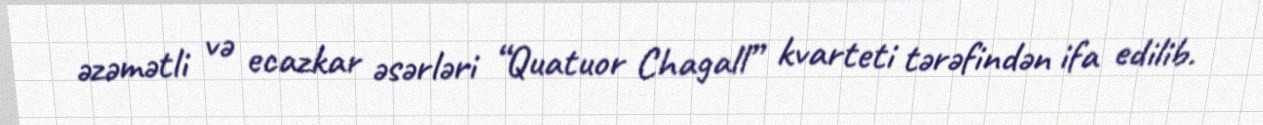
əzəmətli və ecazkar əsərləri “Quatuor Chagall” kvarteti tərəfindən ifa edilib.